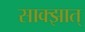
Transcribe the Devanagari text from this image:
साक्झात्